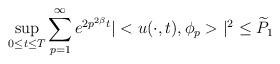
LaTeX: \begin{align*} \sup_{0\le t \le T} \sum_{p=1}^\infty e^{2p^{2\beta }t} |<u(\cdot, t),\phi_p>|^2 \le \widetilde P_1\end{align*}